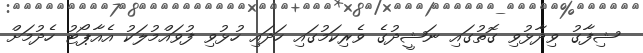
ޝިފާގު ވިދާޅުވި ގޮތުގައި ނަޝީދުގެ ވެރިކަމުގައި ހަދައި ހުޅުވި ފުވައްމުލަކު އެއާޕޯޓު ހެދުމަށް